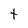
Character: t